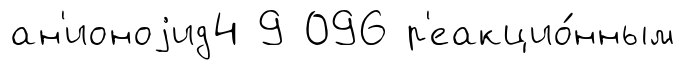
ан'ионоjид4 9 096 р'еакцио́нным